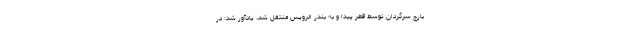
بارج سرگردان توسط قطر پیدا و به بندر الرویس منتقل شد، یادآور شد: در